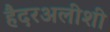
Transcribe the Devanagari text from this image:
हैदरअलीशी